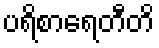
ပရိစာရေတီတိ